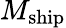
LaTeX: M_{\mathrm{ship}}